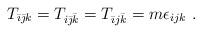
LaTeX: \begin{align*}T_{\bar \imath\bar \jmath k} =T_{i\bar \jmath \bar k} =T_{\bar \imath j\bar k} = m\epsilon_{ijk} \ . \end{align*}